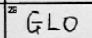
Transcription: GLO